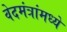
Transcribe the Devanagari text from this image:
वेदमंत्रांमध्ये